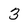
Character: 3